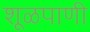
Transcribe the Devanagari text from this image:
शूळपाणी